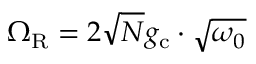
\Omega _ { \mathrm { R } } = 2 \sqrt { N } g _ { \mathrm { c } } \cdot \sqrt { \omega _ { 0 } }